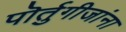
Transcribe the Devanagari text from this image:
पॊर्तुगीजांना